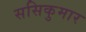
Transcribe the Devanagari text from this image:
ससिकुमार